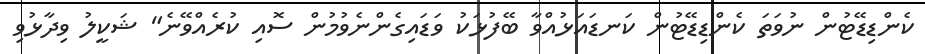
ކެންޑިޑޭޓުން ނުވަތަ ކެންޑިޑޭޓުން ކަނޑައަޅުއްވާ ބޭފުޅަކު ވަޑައިގެންނެވުމުން ސޮއި ކުރެއްވޭނެ" ޝަކީލު ވިދާޅުވި